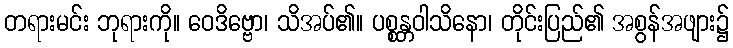
တရားမင်း ဘုရားကို။ ဝေဒိဗ္ဗော၊ သိအပ်၏။ ပစ္စန္တဝါသိနော၊ တိုင်းပြည်၏ အစွန်အဖျား၌